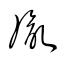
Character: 胤